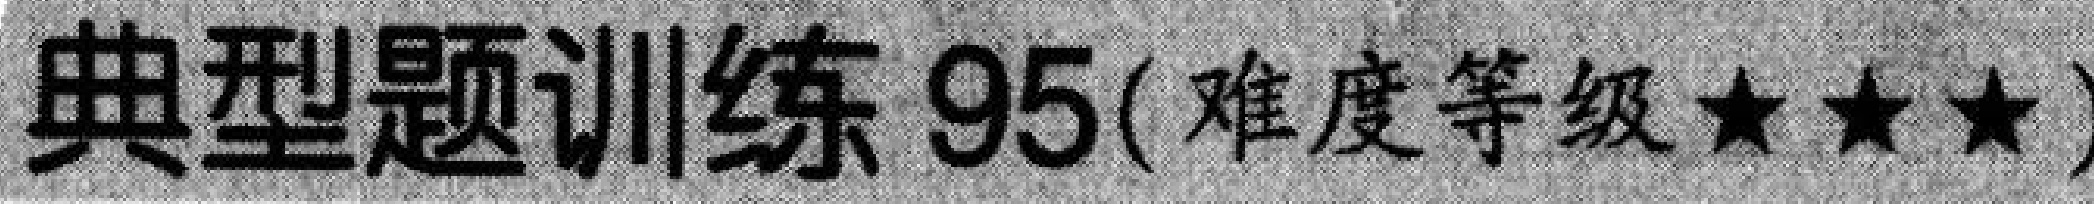
典型题训练 95(难度等级★★★)